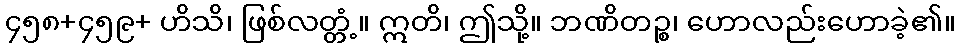
၄၅၈+၄၅၉+ ဟိသိ၊ ဖြစ်လတ္တံ့။ ဣတိ၊ ဤသို့။ ဘဏိတဉ္စ၊ ဟောလည်းဟောခဲ့၏။